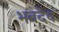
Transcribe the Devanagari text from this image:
भवदेव